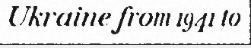
Ukraine from 1941 to